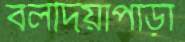
বলদিয়াপাড়া